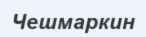
Чешмаркин